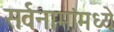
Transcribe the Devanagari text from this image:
सर्वनामांमध्ये